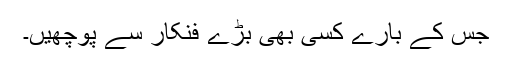
جس کے بارے کسی بھی بڑے فنکار سے پوچھیں۔